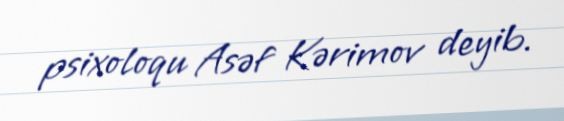
psixoloqu Asəf Kərimov deyib.